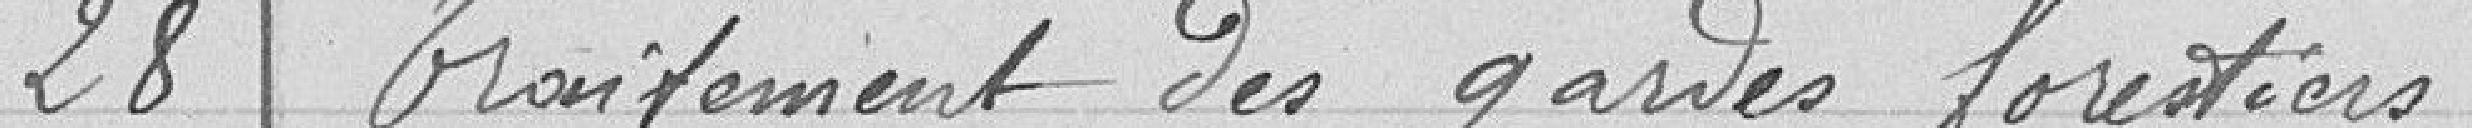
28 Traitement des gardes forestiers